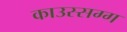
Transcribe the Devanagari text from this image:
काउस्सग्ग